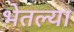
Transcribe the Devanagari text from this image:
भेतल्या